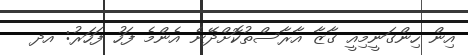
އިން ހިންގަނީމިއީ ގާޒާ އާރާސްތުކޮށްދޭނެ އެންމެ ފަހު ފަހަރު: އދ